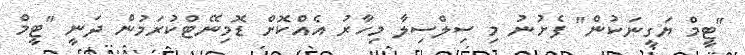
"ޓީމް ޔަގީނަކުން" ފެށުނު މި ސިލްސިލާ މިހާރު އެއްކޮށް ޑޮމިނޭޓްކުރަމުން ދަނީ "ޓީމް